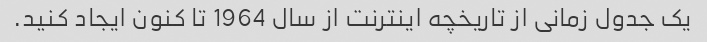
یک جدول زمانی از تاریخچه اینترنت از سال 1964 تا کنون ایجاد کنید.